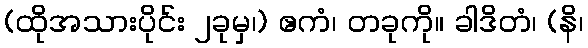
(ထိုအသားပိုင်း ၂ခုမှ၊) ဧကံ၊ တခုကို။ ခါဒိတံ၊ (နိ၊